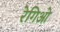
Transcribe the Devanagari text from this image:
रेगिओ